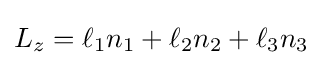
L_{z}=\ell _{1}n_{1}+\ell _{2}n_{2}+\ell _{3}n_{3}